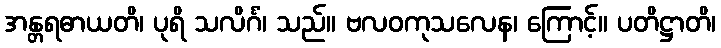
အန္တရဓာယတိ၊ ပုရိ သလိင်္ဂံ၊ သည်။ ဗလဝကုသလေန၊ ကြောင့်။ ပတိဋ္ဌာတိ၊